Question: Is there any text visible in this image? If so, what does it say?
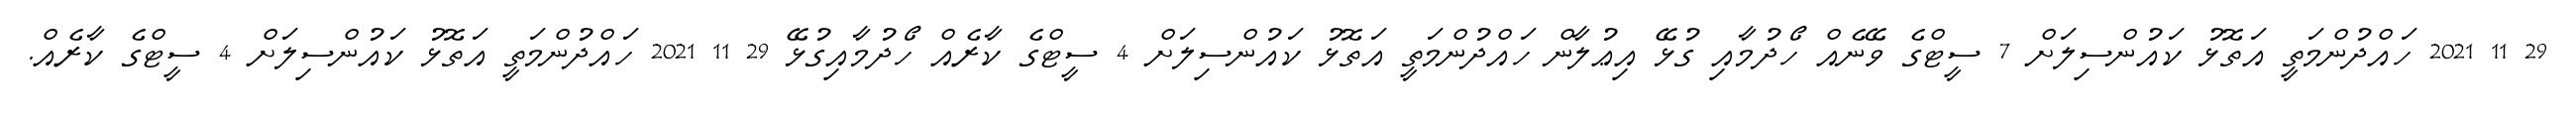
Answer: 29 11 2021 ހައްދުންމަތީ އަތޮޅު ކައުންސިލަށް 7 ސީޓްގެ ވޭނެއް ހޯދުމާއި ގުޅޭ އިޢުލާން ހައްދުންމަތީ އަތޮޅު ކައުންސިލަށް 4 ސީޓްގެ ކާރެއް ހޯދުމާއިގުޅޭ 29 11 2021 ހައްދުންމަތީ އަތޮޅު ކައުންސިލަށް 4 ސީޓްގެ ކާރެއް.